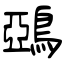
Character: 鵶